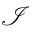
\mathcal { I }